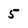
Character: 5